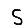
Digit: 5